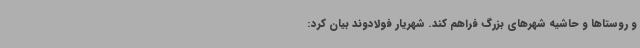
و روستاها و حاشیه شهرهای بزرگ فراهم کند. شهریار فولادوند بیان کرد: